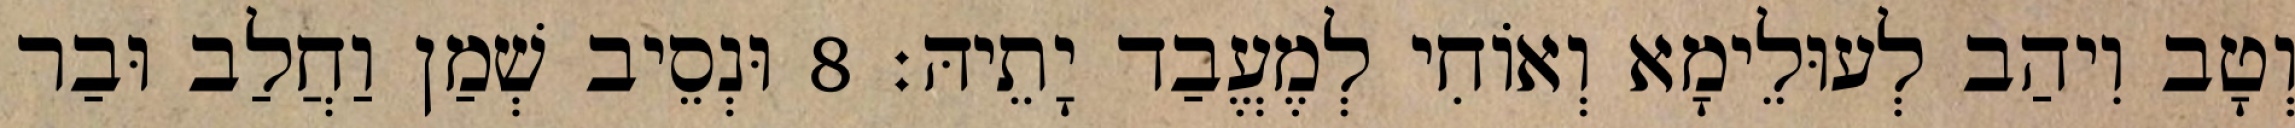
וְטָב וִיהַב לְעוּלֵימָא וְאוֹחִי לְמֶעֱבַד יָתֵיהּ׃ 8 וּנְסֵיב שְׁמַן וַחֲלַב וּבַר